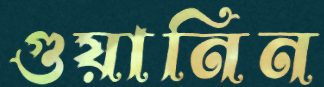
গুয়ানিন